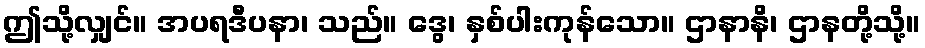
ဤသို့လျှင်။ အပရဒီပနာ၊ သည်။ ဒွေ၊ နှစ်ပါးကုန်သော။ ဌာနာနိ၊ ဌာနတို့သို့။